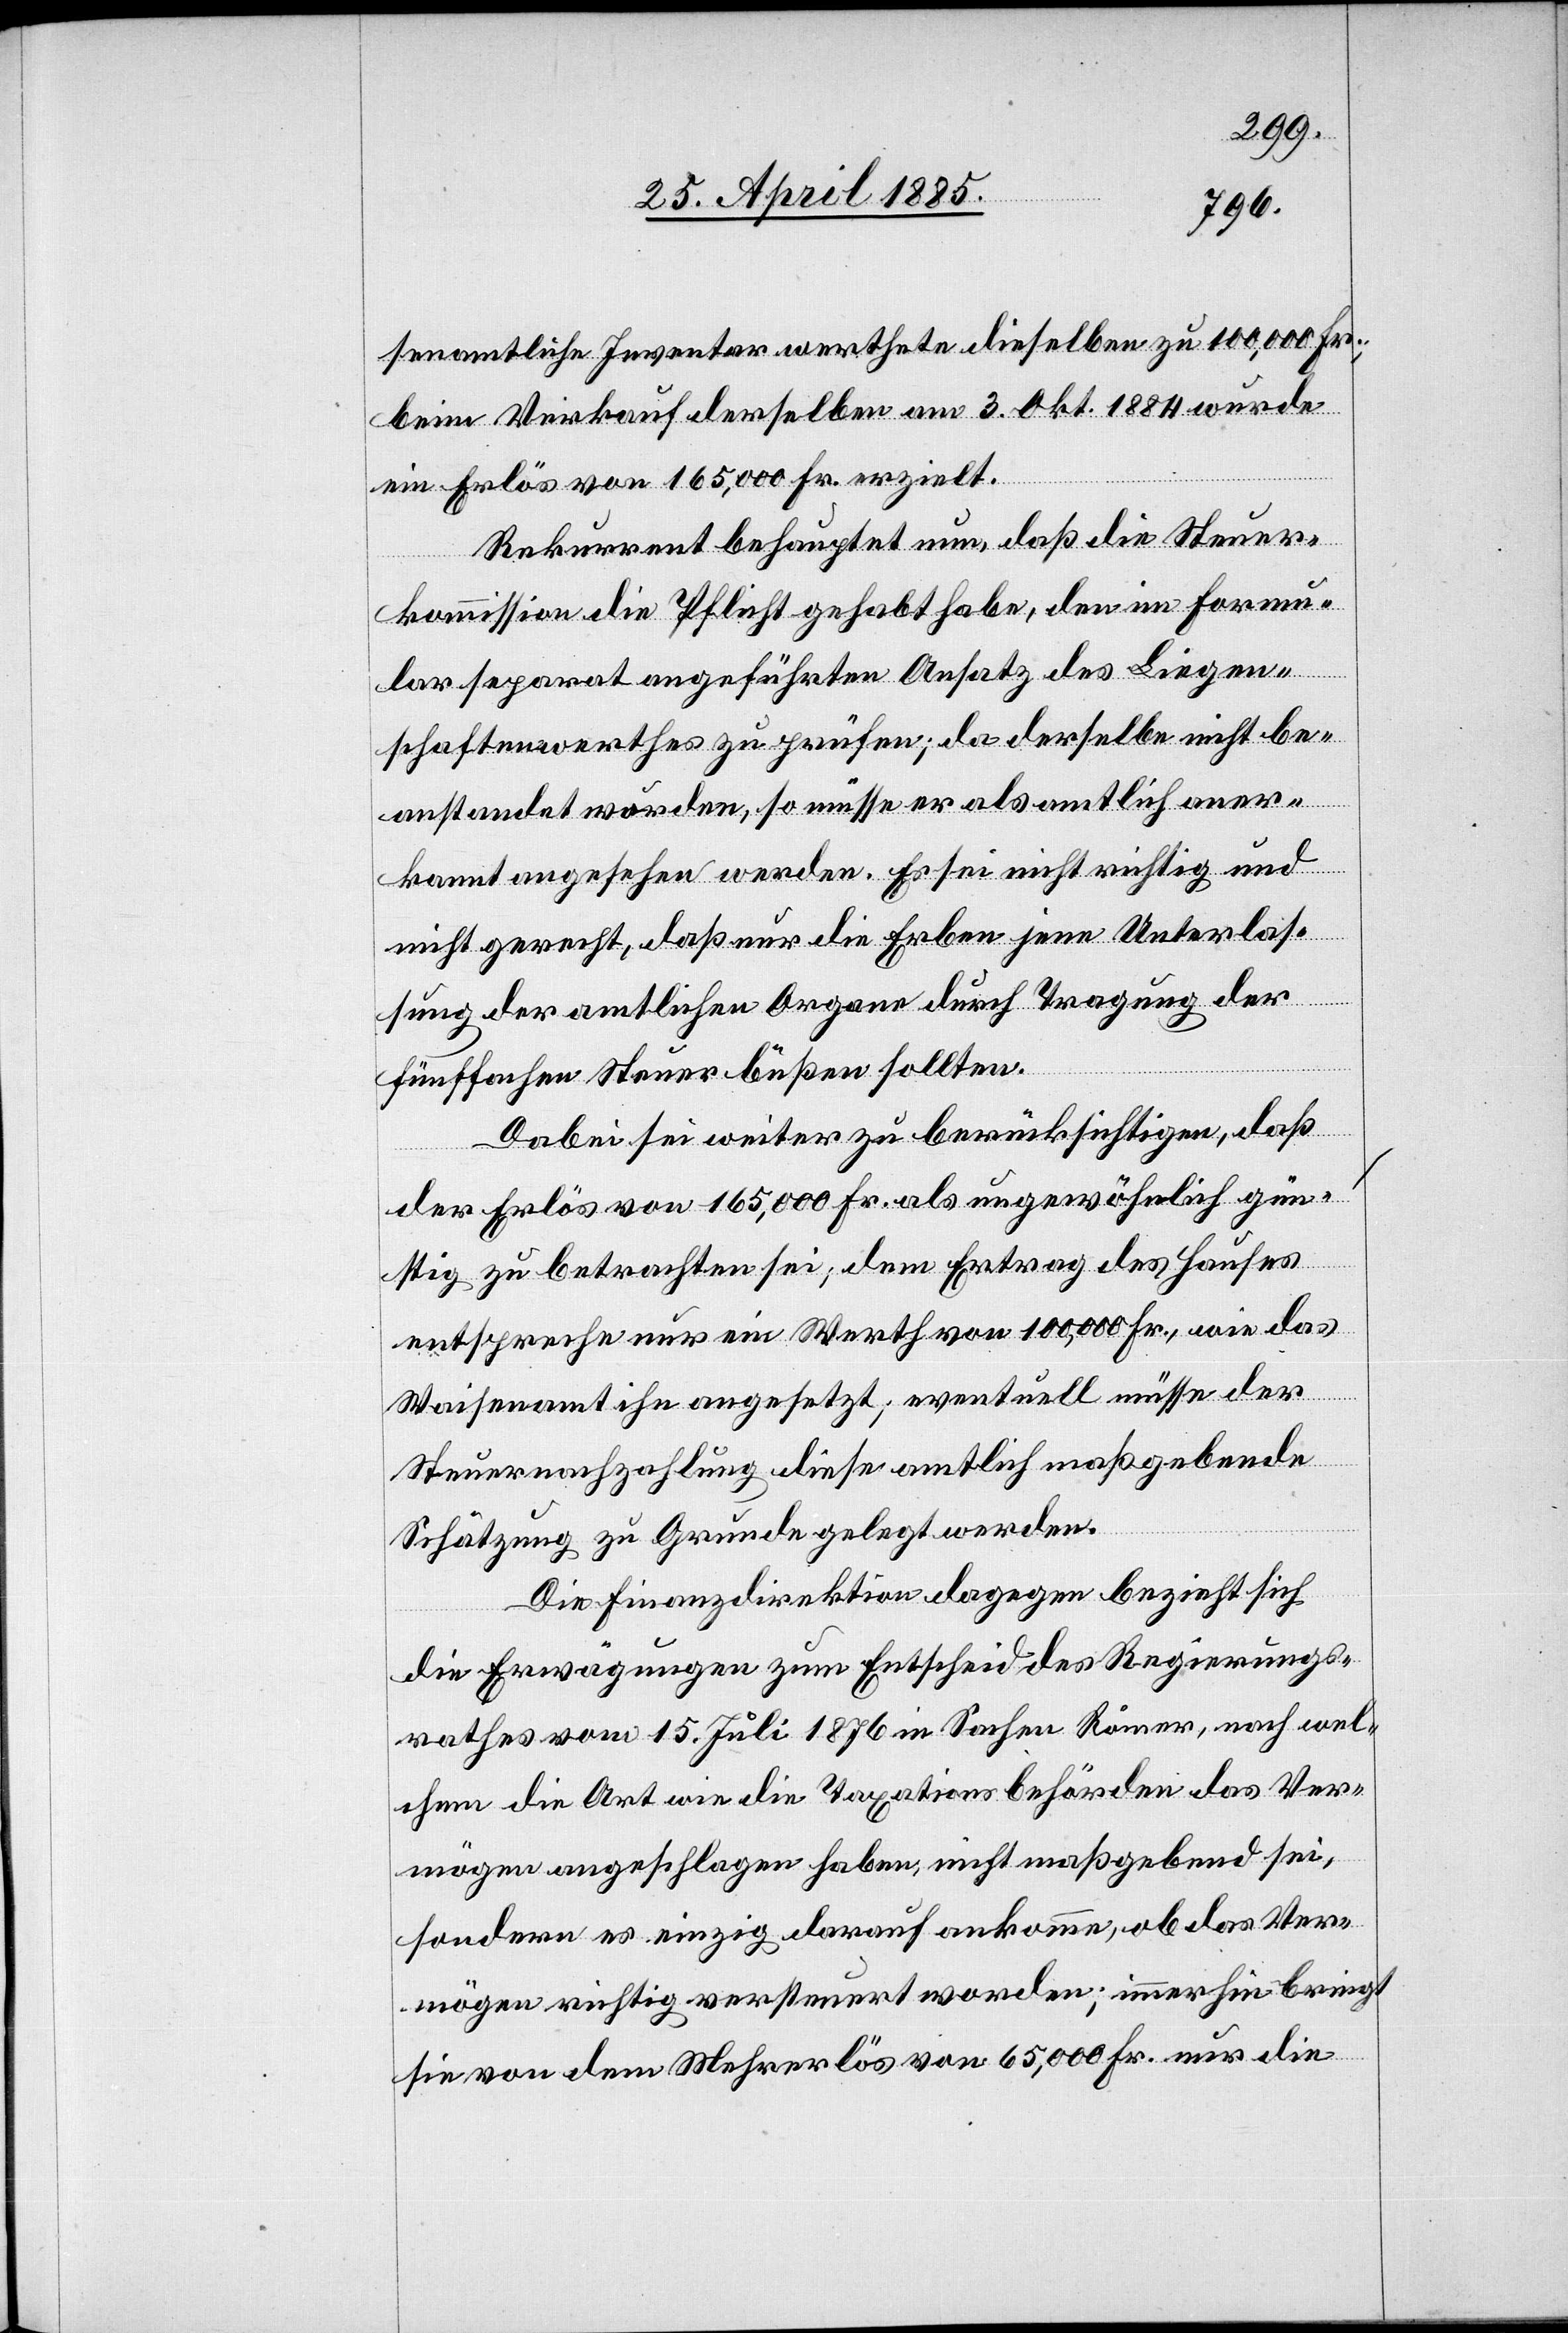
senamtliche Inventar werthete dieselben zu 100,000 Fr.;
beim Verkauf derselben am 3. Okt. 1884 wurde
ein Erlös von 165,000 Fr. erzielt.
Rekurrent behauptet nun, daß die Steuer¬
kommission die Pflicht gehabt habe, den im Formu¬
lar separat angeführten Ansatz des Liegen¬
schaftenwerthes zu prüfen; da derselbe nicht be¬
anstandet worden, so müsse er als amtlich aner¬
kannt angesehen werden. Es sei nicht richtig und
nicht gerecht, daß nur die Erben jene Unterlas¬
sung der amtlichen Organe durch Tragung der
fünffachen Steuer büßen sollten.
Dabei sei weiter zu berücksichtigen, daß
der Erlös von 165,000 Fr. als ungewöhnlich gün¬
stig zu betrachten sei; dem Ertrag des Hauses
entspreche nur ein Werth von 100,000 Fr., wie das
Waisenamt ihn angesetzt; eventuell müsse der
Steuernachzahlung diese amtlich maßgebende
Schätzung zu Grunde gelegt werden.
Die Finanzdirektion dagegen bezieht sich
die Erwägungen zum Entscheid des Regierungs¬
rathes vom 15. Juli 1876 in Sachen Römer, nach wel¬
chem die Art wie die Taxationsbehörden das Ver¬
mögen angeschlagen haben, nicht maßgebend sei,
sondern es einzig darauf ankomme, ob das Ver¬
mögen richtig versteuert worden; immerhin bringt
sie von dem Mehrerlöse von 65,000 Fr. nur die